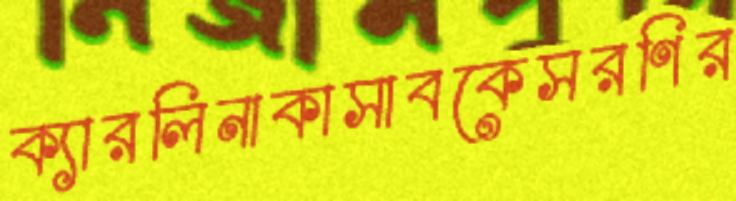
ক্যারলিনাকাসাবকেসরণির